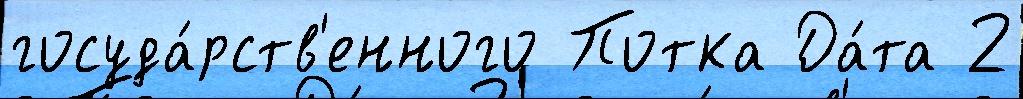
госуда́рств'енного Потка Да́та 2